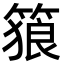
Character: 𥱉